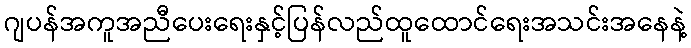
ဂျပန်အကူအညီပေးရေးနှင့်ပြန်လည်ထူထောင်ရေးအသင်းအနေနဲ့